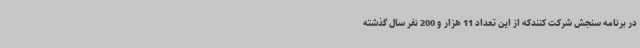
در برنامه سنجش شرکت کنندکه از این تعداد 11 هزار و 200 نفر سال گذشته